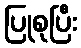
ပြုစုပြီး